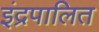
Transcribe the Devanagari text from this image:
इंद्रपालित